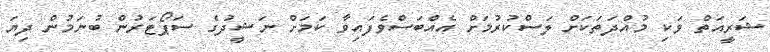
ޝަރީއަތް ވަކި މުއްދަތަކަށް ލަސްކުރުމަށް އެއްބަސްވެފައިވާ ކަމަށް ނަޝީދުގެ ސަޕޯޓަރުން ބުނަމުން ދިޔަ